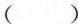
()